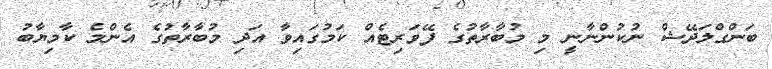
ބަންގްލަދޭޝް ނުކުންނާނީ މި މުބާރާތުގެ ފޭވަރިޓެއް ކަމުގައިވާ އަދި މުބާރާތުގެ އެންމެ ކާމިޔާބު